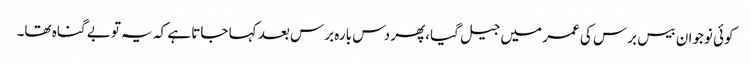
کوئی نوجوان بیس برس کی عمر میں جیل گیا،پھر دس بارہ برس بعد کہا جاتا ہے کہ یہ تو بے گناہ تھا۔